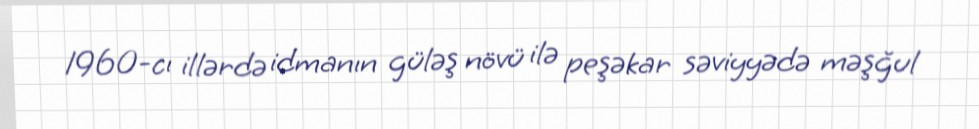
1960-cı illərdə idmanın güləş növü ilə peşəkar səviyyədə məşğul